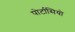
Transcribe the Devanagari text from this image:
पोर्टासियो